Report on lock hospitals in British Burma
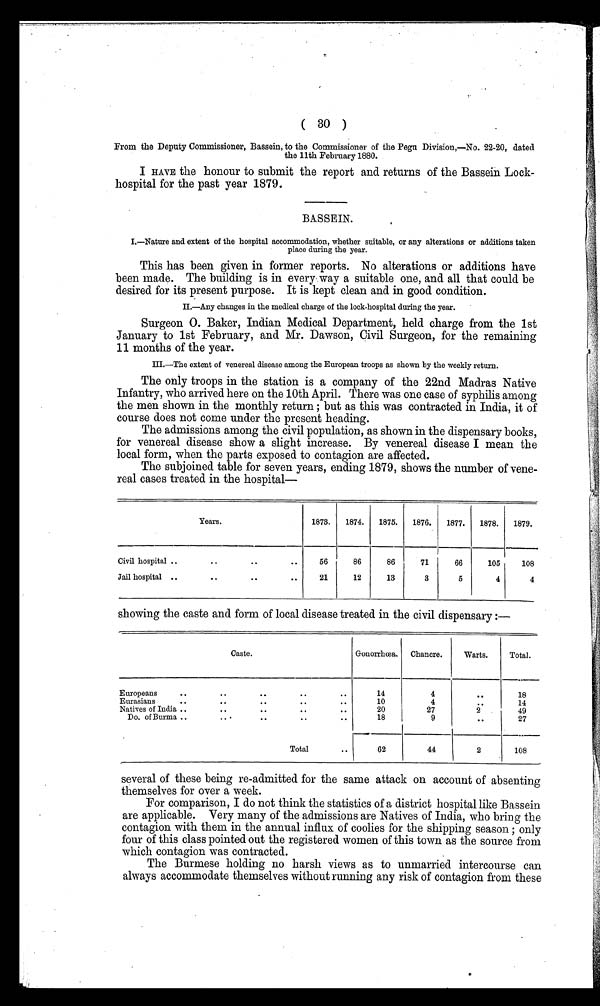
( 30 )
From the Deputy Commissioner, Bassein, to the Commissioner of the Pegu Division,—No. 22-20, dated
the 11th February 1880.
I HAVE the honour to submit the report and returns of the Bassein Lock-
hospital for the past year 1879.
BASSEIN.
I.—Nature and extent of the hospital accommodation, whether suitable, or any alterations or additions taken
place during the year.
This has been given in former reports. No alterations or additions have
been made. The building is in every ; way a suitable one, and all that could be
desired for its present purpose. It is kept clean and in good condition.
II.—Any changes in the medical charge of the lock-hospital during the year.
Surgeon 0. Baker, Indian Medical Department, held charge from the 1st
January to 1st February, and Mr. Dawson, Civil Surgeon, for the remaining
11 months of the year.
III.—The extent of venereal disease among the European troops as shown by the weekly return.
The only troops in the station is a company of the 22nd Madras Native
Infantry, who arrived here on the 10th April. There was one case of syphilis among
the men shown in the monthly return ; but as this was contracted in India, it of
course does not come under the present heading.
The admissions among the civil population, as shown in the dispensary books,
for venereal disease show a slight increase. By venereal disease I mean the
local form, when the parts exposed to contagion are affected.
The subjoined table for seven years, ending 1879, shows the number of vene--
real cases treated in the hospital—
Years.
1873.
1874.
1875.
1876.
1877.
1878.
1879.
Civil hospital ..
..
. .
. .
..
56
86
86
71
66
105
108
Jail hospital ..
..
. .
. .
21
12
13
3
5
4
4
showing the caste and form of local disease treated in the civil dispensary :—
Caste.
Gonorrhœa. Chancre.
Warts.
Total.
Europeans
..
. .
. .
. .
. .
14
4
. .
18
Eurasians
..
. .
..
..
. .
10
..
14
Natives of India ..
..
..
. .
. .
20
27
2
49
Do. of Burma ..
.. ..
..
. .
18
9
. .
27
Tota
.. 62
44
2
108
several of these being re-admitted for the same attack on account of absenting
themselves for over a week.
For comparison, I do not think the statistics of a district hospital like Bassein
are applicable. Very many of the admissions are Natives of India, who bring the
contagion with them in the annual influx of coolies for the shipping season ; only
four of this class pointed out the registered women of this town as the source from
which contagion was contracted.
The Burmese holding no harsh views as to unmarried intercourse can
always accommodate themselves without running any risk of contagion from these